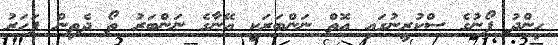
ހިންދު ފޯނުގެ ސްކުރީނުގައި އޮތް ނަންބަރަކީ އޭނާގެ ނަންބަރު ތޯ ދެތިން ފަހަރު